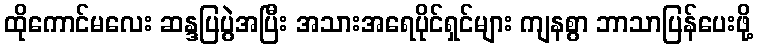
ထိုကောင်မလေး ဆန္ဒပြပွဲအပြီး အသားအရေပိုင်ရှင်များ ကျနစွာ ဘာသာပြန်ပေးဖို့